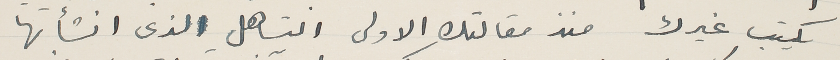
يكتب غيرك منذ مقالتك الاولى التساهل الذى انشأتها